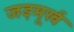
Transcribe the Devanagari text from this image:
जड़मूर्ख